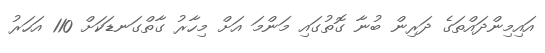
އައިމިންދައްތަގެ ދަރިން ބުނާ ގޮތުގައި މަންމަ އަށް މިހާރު ގާތްގަނޑަކަށް 110 އަހަރު